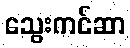
သွေးကင်ဆာ